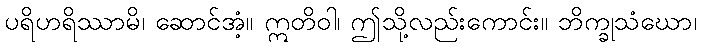
ပရိဟရိဿာမိ၊ ဆောင်အံ့။ ဣတိဝါ၊ ဤသို့လည်းကောင်း။ ဘိက္ခုသံဃော၊